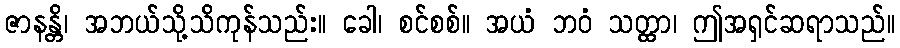
ဇာနန္တိ၊ အဘယ်သို့သိကုန်သည်း။ ခေါ၊ စင်စစ်။ အယံ ဘဝံ သတ္ထာ၊ ဤအရှင်ဆရာသည်။